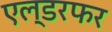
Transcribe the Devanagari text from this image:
एल्डरफर